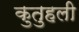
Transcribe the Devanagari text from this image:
कुतुहली